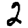
Digit: 2